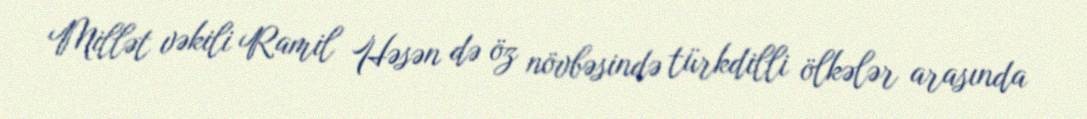
Millət vəkili Ramil Həsən də öz növbəsində türkdilli ölkələr arasında